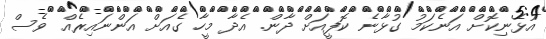
އުޅެނިކޮށް އަނެކަމު ގުޅާނެ ކޮފީއަށް ދާން. އެދާ މީހާ ގެއަށް އަންނައިރެއް ވެސް